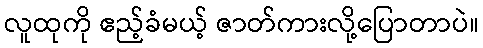
လူထုကို ဧည့်ခံမယ့် ဇာတ်ကားလို့ပြောတာပဲ။